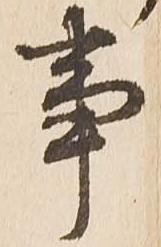
事